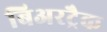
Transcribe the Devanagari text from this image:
बिअरट्रैक